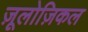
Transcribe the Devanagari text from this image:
ज़ूलोज़िकल